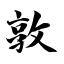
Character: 敦